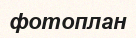
фотоплан